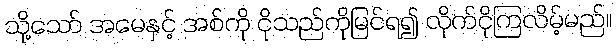
သို့သော် အမေနှင့် အစ်ကို ငိုသည်ကိုမြင်ရ၍ လိုက်ငိုကြလိမ့်မည်။